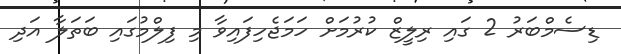
ޑިސެމްބަރު 2 ގައި ރިލީޒް ކުރުމަށް ހަމަޖެހިފައިވާ މި ފިލްމުގައި ބަތަލާ އަދި